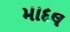
માદલ